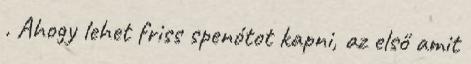
. Ahogy lehet friss spenótot kapni, az első amit